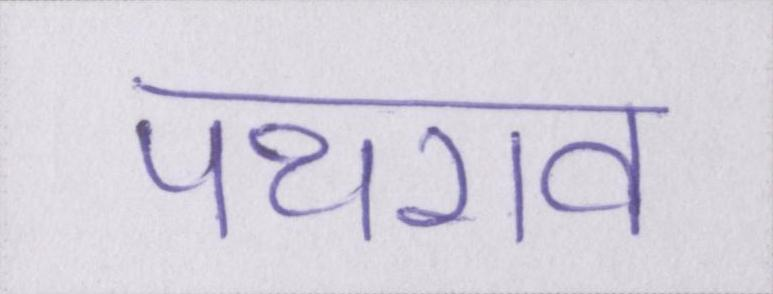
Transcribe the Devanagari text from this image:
पथराव